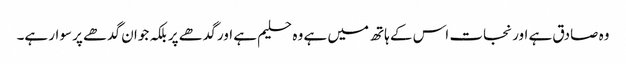
وہ صادق ہے اور نجات اس کے ہاتھ میں ہے وہ حلیم ہے اور گدھے پر بلکہ جوان گدھے پر سوار ہے۔